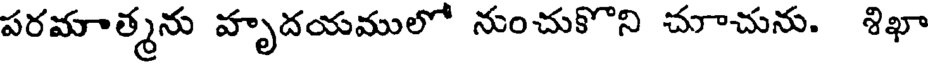
పరమాత్మను హృదయములో నుంచుకొని చూచును. శిఖా